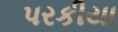
પરકીયા